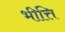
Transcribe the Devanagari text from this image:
भीत्ति